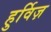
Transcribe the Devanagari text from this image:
हुर्विज़